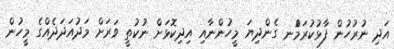
އަދި ނުރުހުން ފާޅުކުރަމުްނ ގެންދިޔަ މީހުންނާއި އިދިކޮޅަށް ނުކުތީ ވަރަށް މަދުއަދަދެއްގެ މީހުން